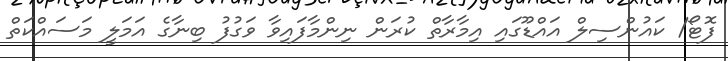
ފޮޓޯ/ ކައުންސިލް އައްޑޫގައި އިމާރާތް ކުރަން ނިންމާފައިވާ ވަގުފު ބިނާގެ އަމަލީ މަސައްކަތް